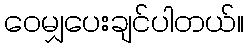
ဝေမျှပေးချင်ပါတယ်။